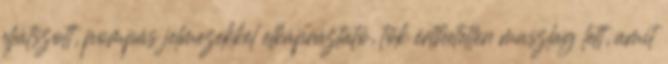
eljátszott, pompás jelmezekkel elkápráztató, tök érthetetlen maszlag lett, amit